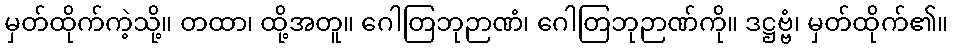
မှတ်ထိုက်ကဲ့သို့။ တထာ၊ ထို့အတူ။ ဂေါတြဘုဉာဏံ၊ ဂေါတြဘုဉာဏ်ကို။ ဒဋ္ဌဗ္ဗံ၊ မှတ်ထိုက်၏။